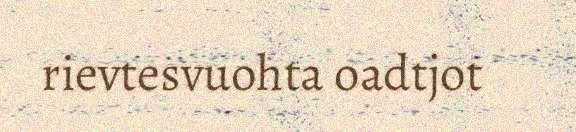
rievtesvuohta oadtjot